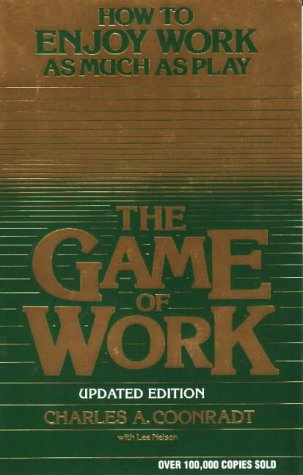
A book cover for The Game of Work: How to Enjoy Work As Much As Play; Charles A. Coonradt; Health, Fitness & Dieting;